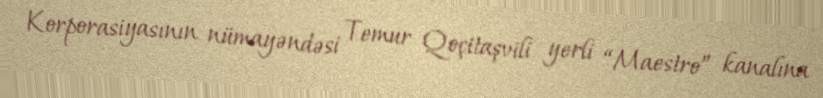
Korporasiyasının nümayəndəsi Temur Qoçitaşvili yerli “Maestro” kanalına